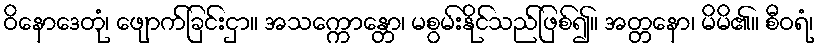
ဝိနောဒေတုံ၊ ဖျောက်ခြင်းငှာ။ အသက္ကောန္တော၊ မစွမ်းနိုင်သည်ဖြစ်၍။ အတ္တနော၊ မိမိ၏။ စီဝရံ၊